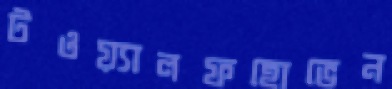
টওয়্যালফহোভেন